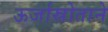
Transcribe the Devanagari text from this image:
ऊर्जास्रोताने